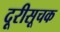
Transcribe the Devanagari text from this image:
दूरीसूचक